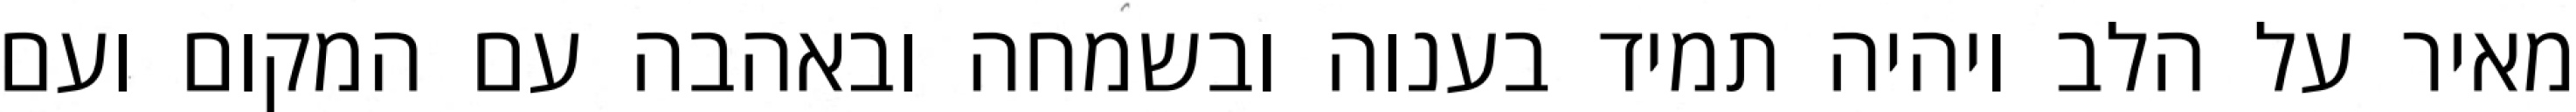
מאיר על הלב ויהיה תמיד בענוה ובשמחה ובאהבה עם המקום ועם